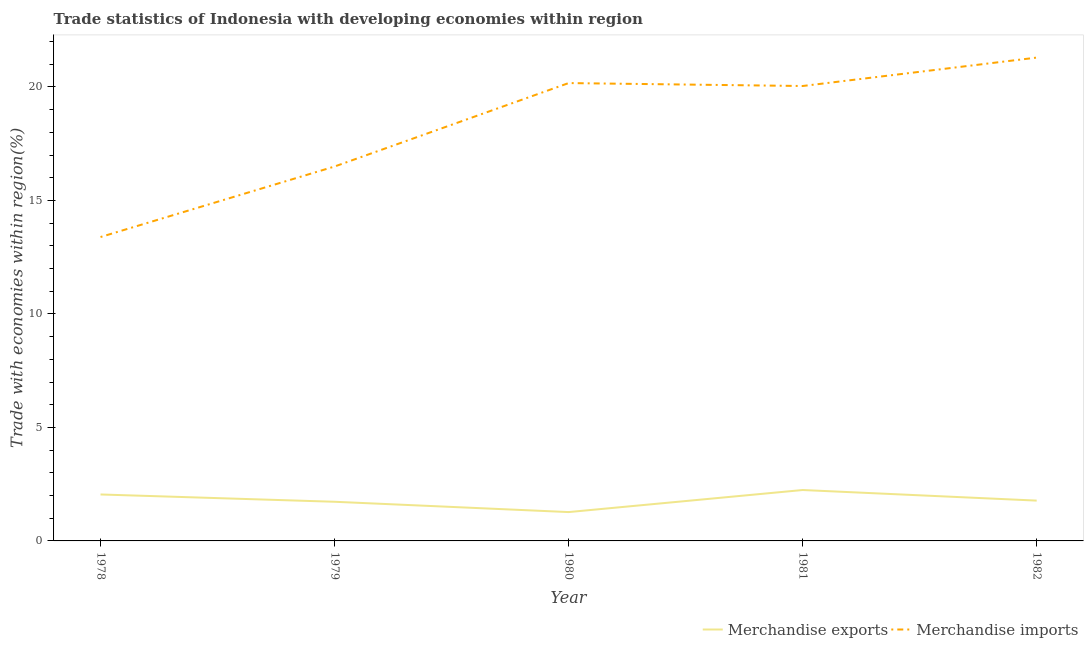
| Year | Merchandise exports | Merchandise imports |
 | --- | --- | --- |
 | 1978 | 2.05 | 13.4 |
 | 1979 | 1.72 | 16.5 |
 | 1980 | 1.27 | 20.2 |
 | 1981 | 2.24 | 20 |
 | 1982 | 1.78 | 21.3 |